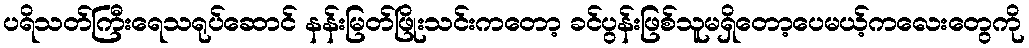
ပရိသတ်ကြီးရေသရုပ်ဆောင် နန်းမြတ်ဖြိုးသင်းကတော့ ခင်ပွန်းဖြစ်သူမရှိတော့ပေမယ့်ကလေးတွေကို